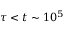
\tau < t \sim 1 0 ^ { 5 }